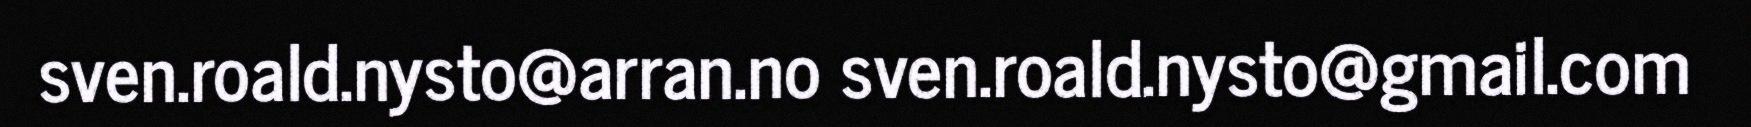
sven.roald.nysto@arran.no sven.roald.nysto@gmail.com